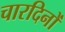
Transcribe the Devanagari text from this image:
चारदिनों